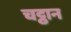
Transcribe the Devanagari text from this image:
चट्ठान